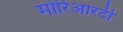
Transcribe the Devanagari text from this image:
मोरिआरटी